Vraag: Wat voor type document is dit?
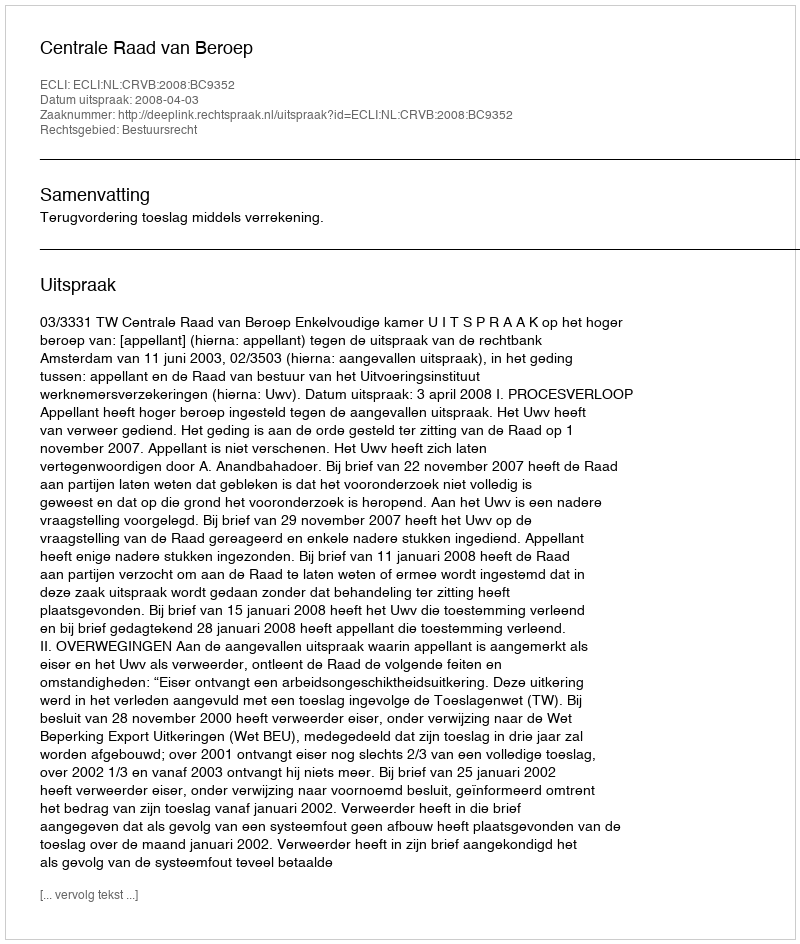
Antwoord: Uitspraak